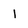
Character: 1